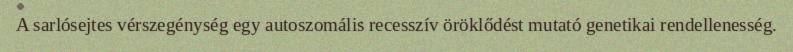
A sarlósejtes vérszegénység egy autoszomális recesszív öröklődést mutató genetikai rendellenesség.